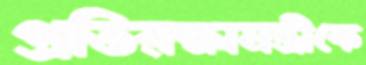
প্রতিরক্ষামন্ত্রীকে